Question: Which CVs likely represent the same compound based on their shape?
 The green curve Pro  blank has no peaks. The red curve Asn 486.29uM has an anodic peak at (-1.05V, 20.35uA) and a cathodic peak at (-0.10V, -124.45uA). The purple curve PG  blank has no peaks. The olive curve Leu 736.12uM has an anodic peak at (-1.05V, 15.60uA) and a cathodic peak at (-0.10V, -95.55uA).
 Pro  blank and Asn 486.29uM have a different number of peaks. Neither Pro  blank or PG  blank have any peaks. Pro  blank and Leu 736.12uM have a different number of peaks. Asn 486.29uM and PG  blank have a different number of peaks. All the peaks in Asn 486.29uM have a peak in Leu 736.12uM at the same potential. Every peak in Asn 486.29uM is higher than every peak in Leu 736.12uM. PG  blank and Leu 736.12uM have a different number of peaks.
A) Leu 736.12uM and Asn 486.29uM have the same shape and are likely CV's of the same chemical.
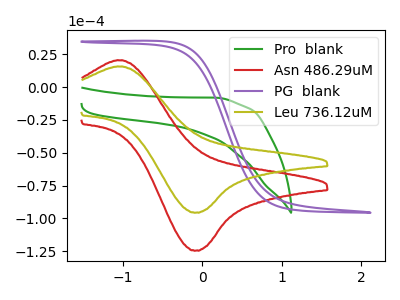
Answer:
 <answer>A) "Leu 736.12uM" and "Asn 486.29uM" have the same shape and are likely CV's of the same chemical.</answer>
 <eval>A</eval>